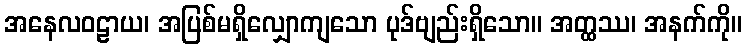
အနေလဝဠာယ၊ အပြစ်မရှိလျှောကျသော ပုဒ်ဗျည်းရှိသော။ အတ္ထဿ၊ အနက်ကို။